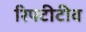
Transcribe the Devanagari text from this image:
रिपटीटीव